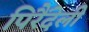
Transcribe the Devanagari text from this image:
पिरैंदेली